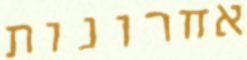
אחרונות